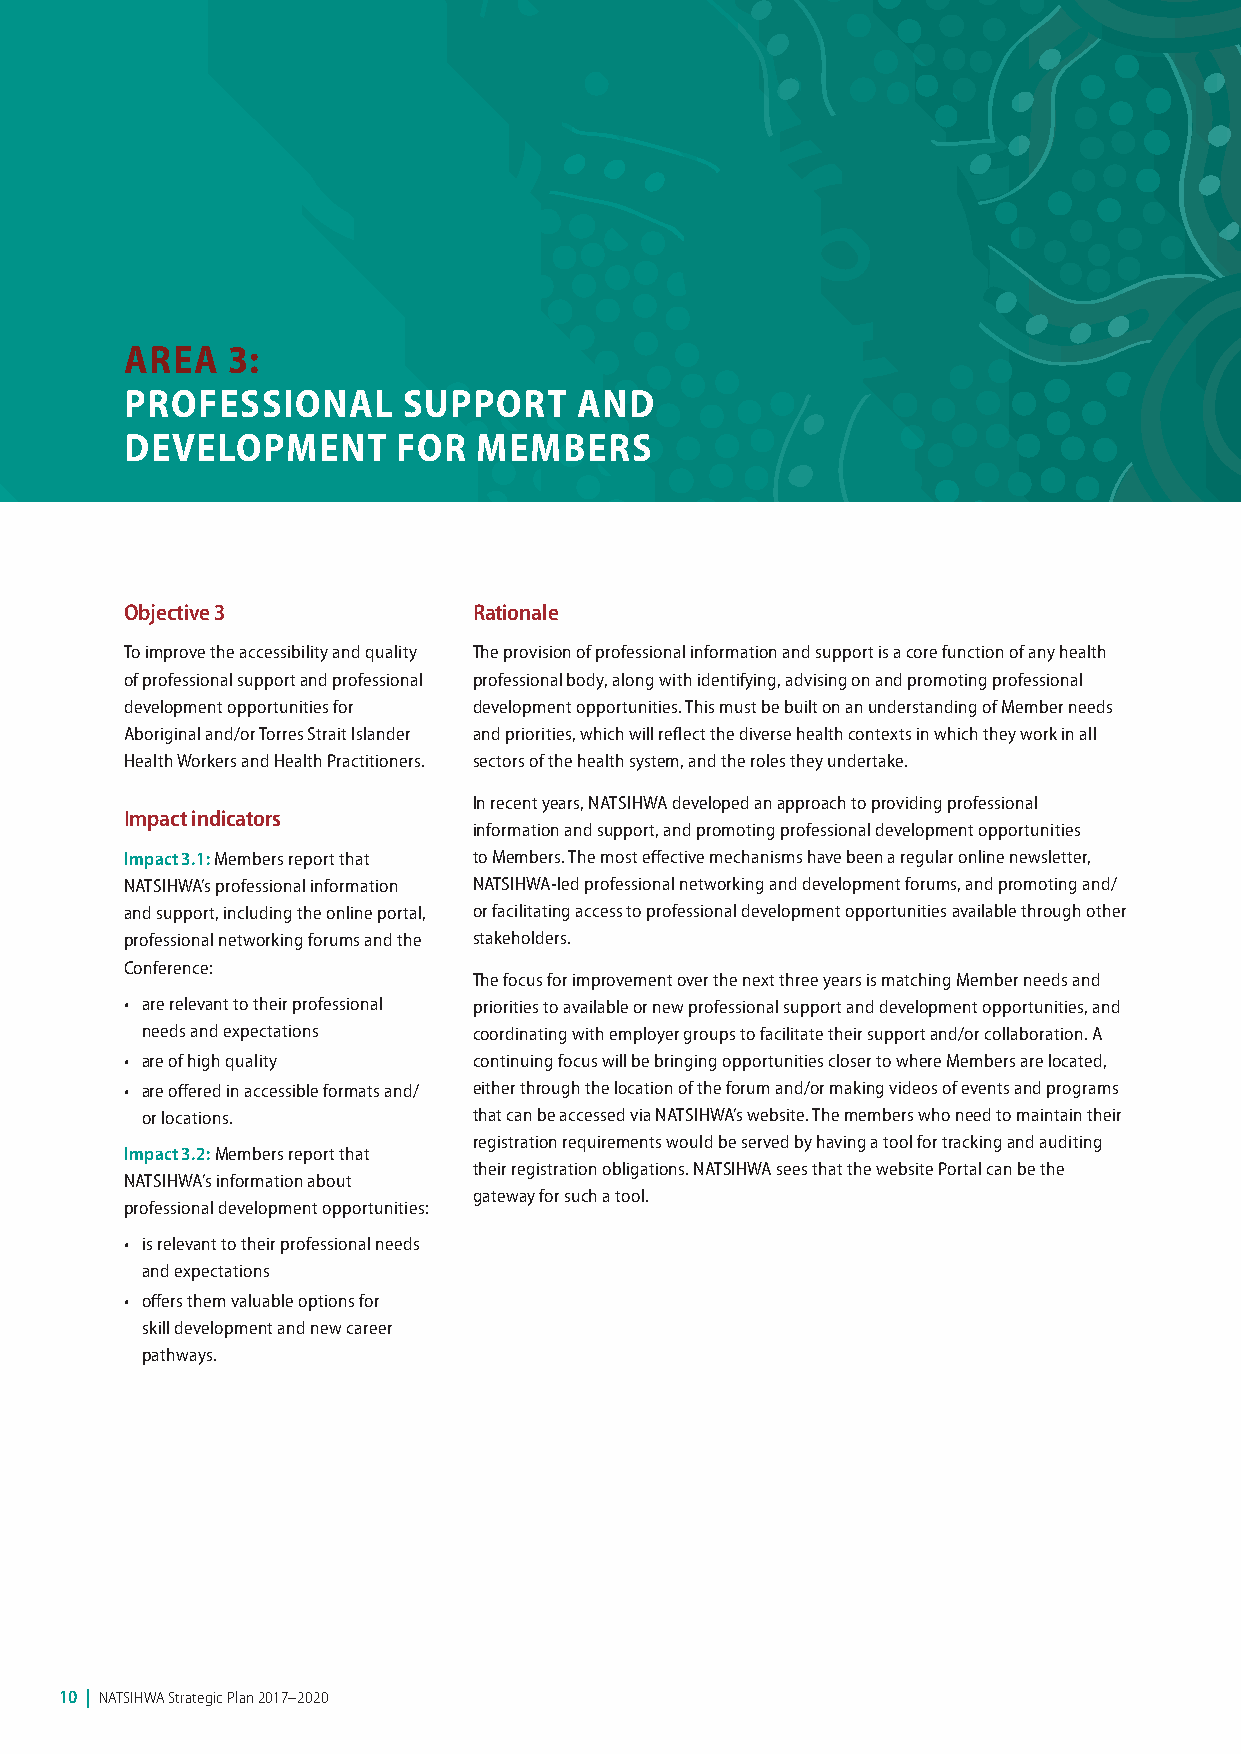
AREA   3:
 PROFESSIONAL       SUPPORT    AND
 DEVELOPMENT       FOR   MEMBERS
 Objective 3            Rationale
 To improve the accessibility and quality The provision of professional information and support is a core function of any health
 of professional support and professional professional body, along with identifying, advising on and promoting professional
 development opportunities for development opportunities. This must be built on an understanding of Member needs
 Aboriginal and/or Torres Strait Islander and priorities, which will reflect the diverse health contexts in which they work in all
 Health Workers and Health Practitioners. sectors of the health system, and the roles they undertake.
 In recent years, NATSIHWA developed an approach to providing professional
 Impact indicators
 information and support, and promoting professional development opportunities
 Impact 3.1: Members report that to Members. The most effective mechanisms have been a regular online newsletter,
 NATSIHWA’s professional information NATSIHWA-led professional networking and development forums, and promoting and/
 and support, including the online portal, or facilitating access to professional development opportunities available through other
 professional networking forums and the stakeholders.
 Conference:
 The focus for improvement over the next three years is matching Member needs and
 • are relevant to their professional priorities to available or new professional support and development opportunities, and
 needs and expectations coordinating with employer groups to facilitate their support and/or collaboration. A
 • are of high quality  continuing focus will be bringing opportunities closer to where Members are located,
 • are offered in accessible formats and/ either through the location of the forum and/or making videos of events and programs
 or locations.         that can be accessed via NATSIHWA’s website. The members who need to maintain their
 registration requirements would be served by having a tool for tracking and auditing
 Impact 3.2: Members report that
 their registration obligations. NATSIHWA sees that the website Portal can be the
 NATSIHWA’s information about
 gateway for such a tool.
 professional development opportunities:
 • is relevant to their professional needs
 and expectations
 • offers them valuable options for
 skill development and new career
 pathways.
 10 | NATSIHWA Strategic Plan 2017–2020